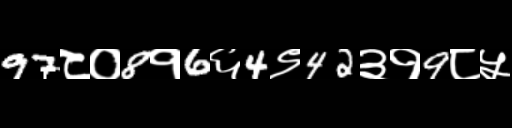
Text: 97८०8१6६4९42३१9८५